Kuressaare_kinnistusamet, lk 11
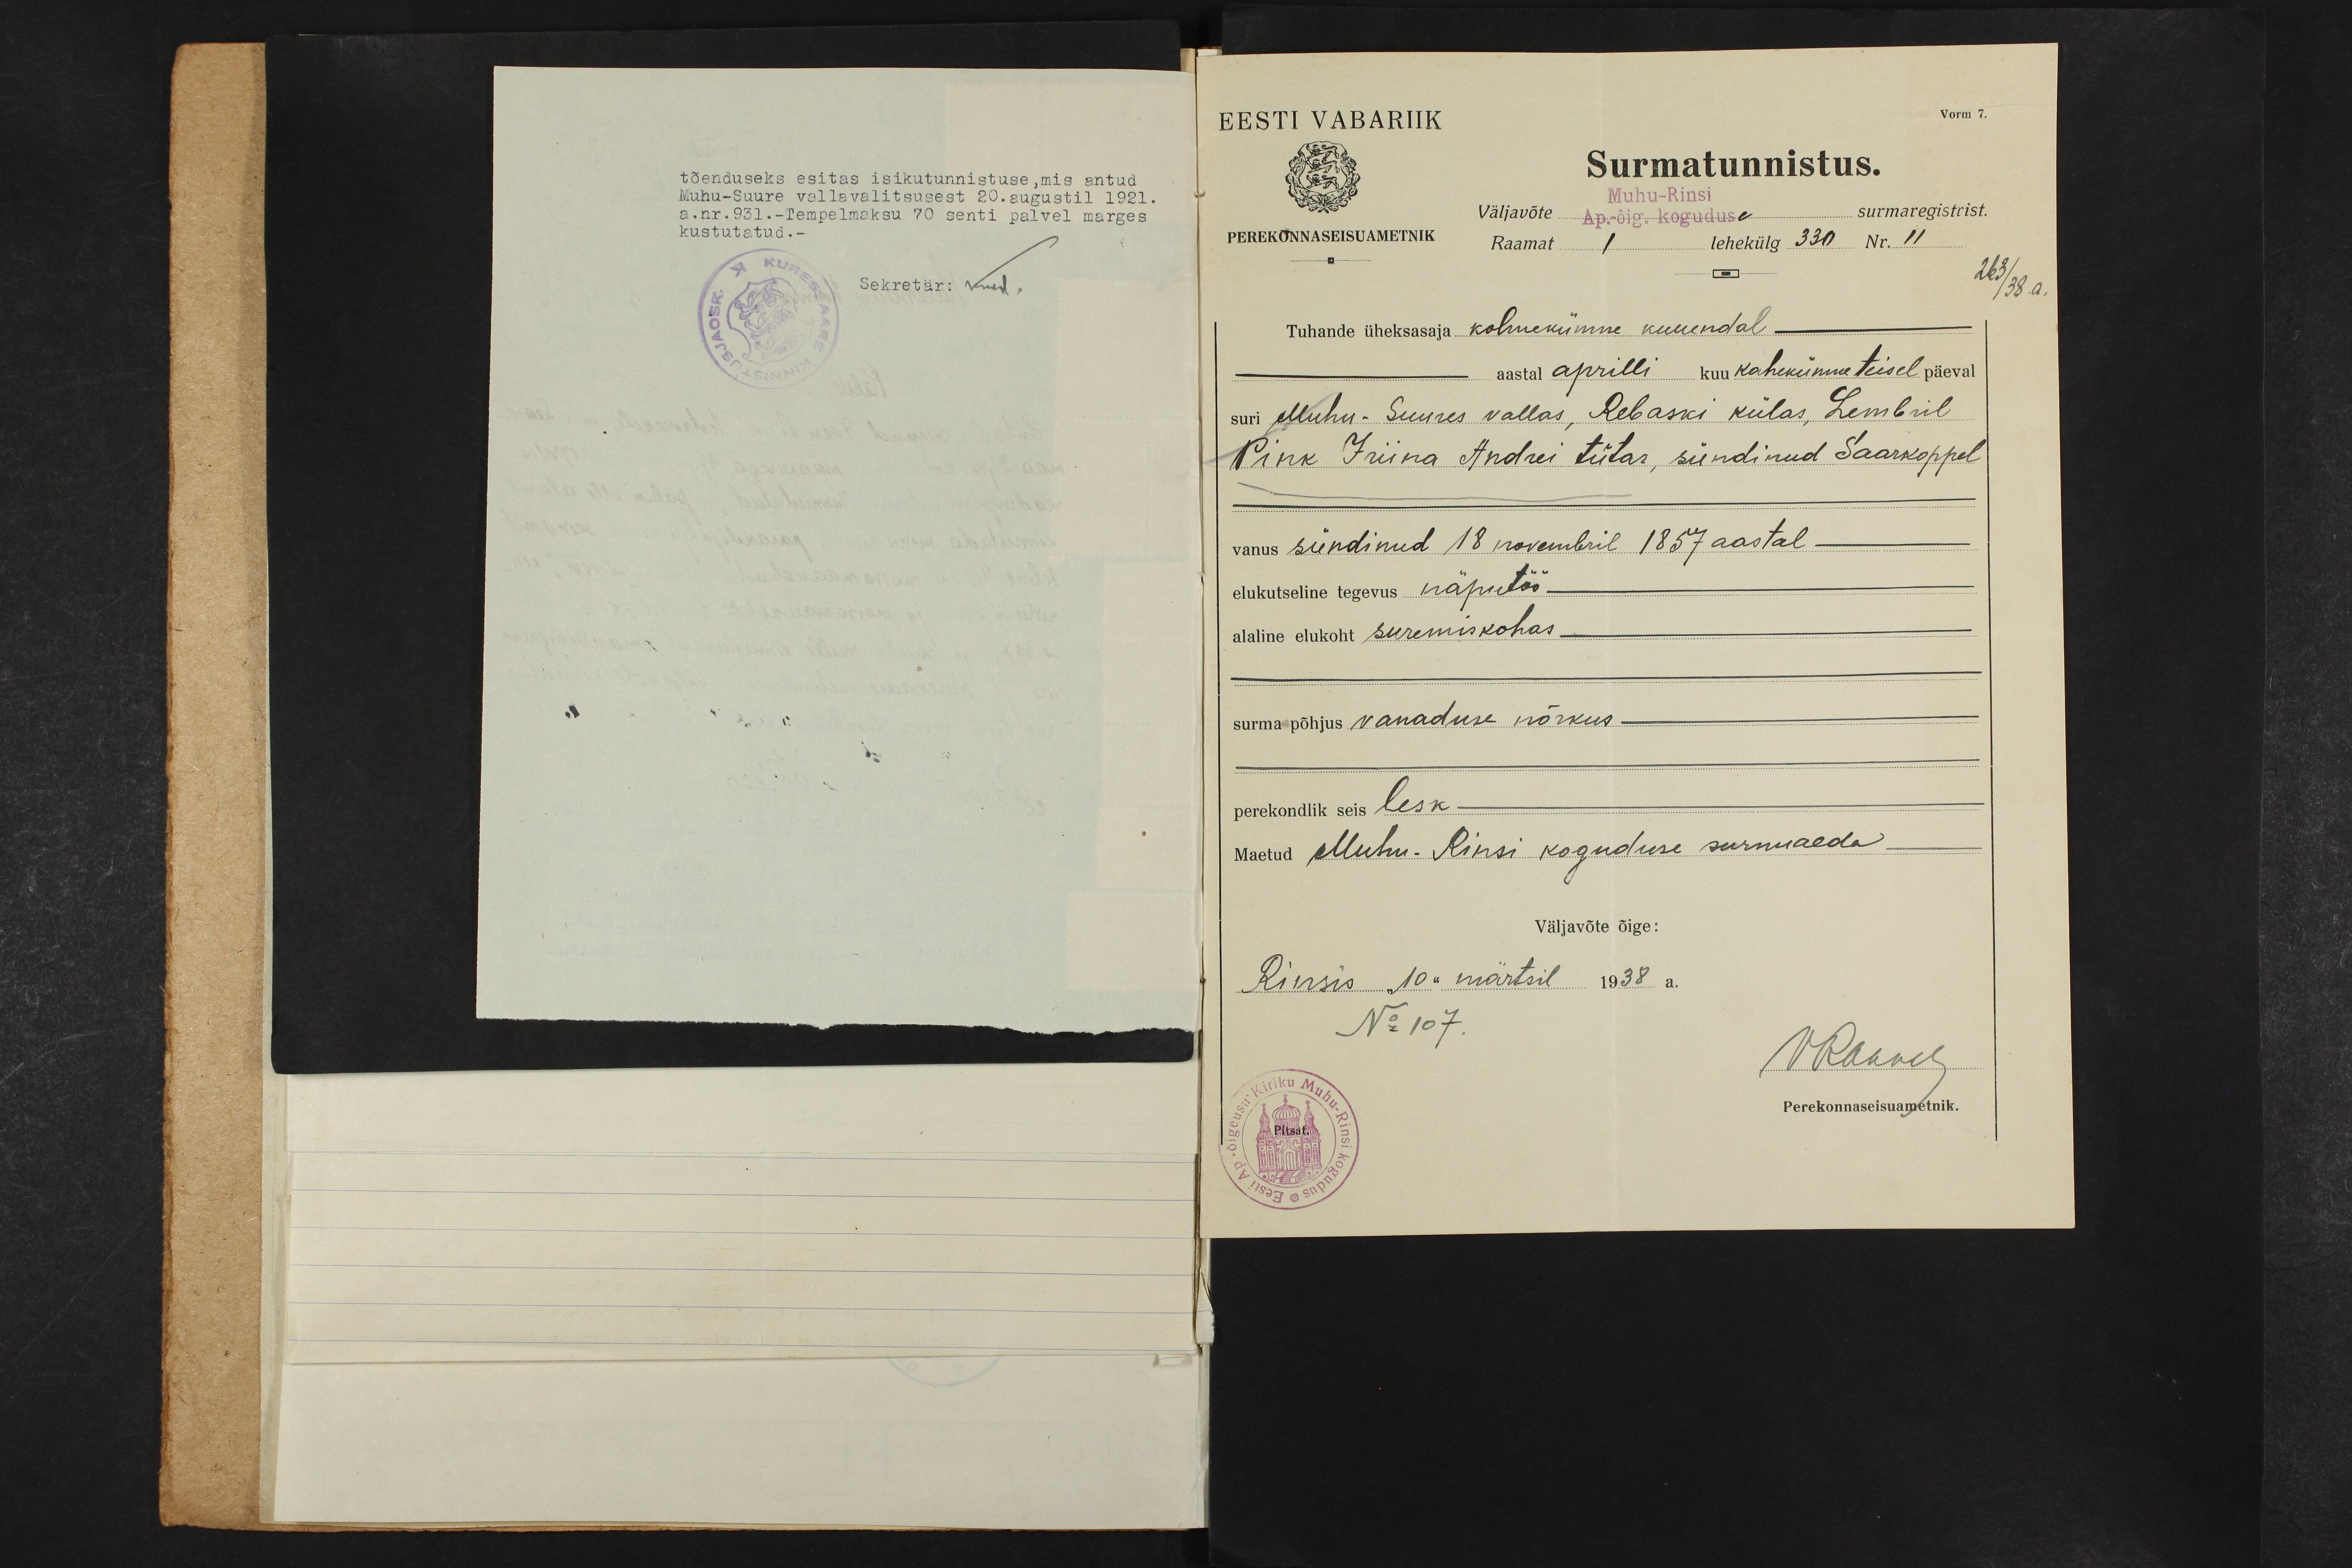
Vorm 7.
EESTI VABARIIK
Muhu-Rinsi
PEREKONNASEISUAMETNIK
Surmatunnistus.
Väljavõte Ap. õig. koguduse surmaregistrist.
Raamat 1 lehekülg 330 Nr. 11
263/38.a.
Tuhande üheksasaja kolmekümne kuuendal.
aastal aprilli kuu kahekümne teisel päeval
suri Muhu-Suures vallas, Rebaski külas, Lembril
Pink Iriina Andrei tütar, sündinud Saarkoppel
vanus sündinud 18 novembril 1857 aastal-
elukutseline tegevus näputöö
alaline elukoht suremiskohas
surma põhjus vanaduse nõrkus
perekondlik seis lesk.
Maetud Muhu-Rinsi koguduse surnuaeda
Väljavõte õige:
Rinsis "10" märtsil 1938 a.
No 107.
Rannel
Perekonnaseisuametnik.
Pitsat.

tõenduseks esitas isikutunnistuse, mis antud
Muhu-Suure vallavalitsusest 20. augustil 1921.
a.nr.931.-Tempelmaksu 70 senti palvel marges
kustutatud.-
Sekretär: kust